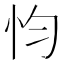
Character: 𢗋